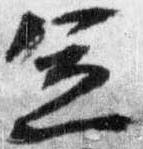
憲